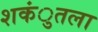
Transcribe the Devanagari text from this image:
शकंुतला